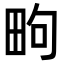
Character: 㽛